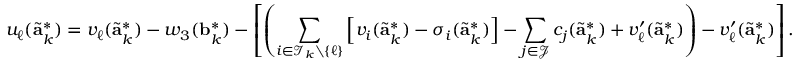
u _ { \ell } ( \tilde { \mathbf { a } } _ { k } ^ { * } ) = v _ { \ell } ( \tilde { \mathbf { a } } _ { k } ^ { * } ) - w _ { 3 } ( \mathbf { b } _ { k } ^ { * } ) - \left[ \left( \sum _ { i \in \mathcal { I } _ { k } \setminus \{ \ell \} } \left[ v _ { i } ( \tilde { \mathbf { a } } _ { k } ^ { * } ) - \sigma _ { i } ( \tilde { \mathbf { a } } _ { k } ^ { * } ) \right] - \sum _ { j \in \mathcal { J } } c _ { j } ( \tilde { \mathbf { a } } _ { k } ^ { * } ) + v _ { \ell } ^ { \prime } ( \tilde { \mathbf { a } } _ { k } ^ { * } ) \right) - v _ { \ell } ^ { \prime } ( \tilde { \mathbf { a } } _ { k } ^ { * } ) \right] .